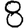
Digit: 8